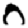
Digit: 0